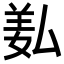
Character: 𦍯